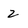
Character: 2